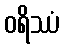
ဝရိဿံ